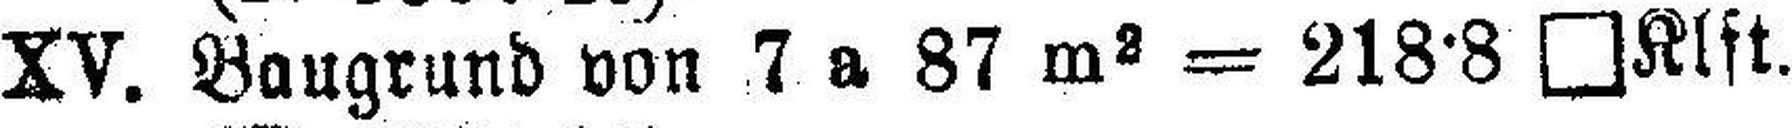
XV. Baugrund von 7 a 87 m2 = 218·8 □KIft.